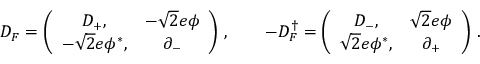
D _ { F } = \left( \begin{array} { c c } { { D _ { + } , } } & { { - \sqrt { 2 } e \phi } } \\ { { - \sqrt { 2 } e \phi ^ { * } , } } & { { \partial _ { - } } } \end{array} \right) \, , \qquad - D _ { F } ^ { \dag } = \left( \begin{array} { c c } { { D _ { - } , } } & { { \sqrt { 2 } e \phi } } \\ { { \sqrt { 2 } e \phi ^ { * } , } } & { { \partial _ { + } } } \end{array} \right) \, .